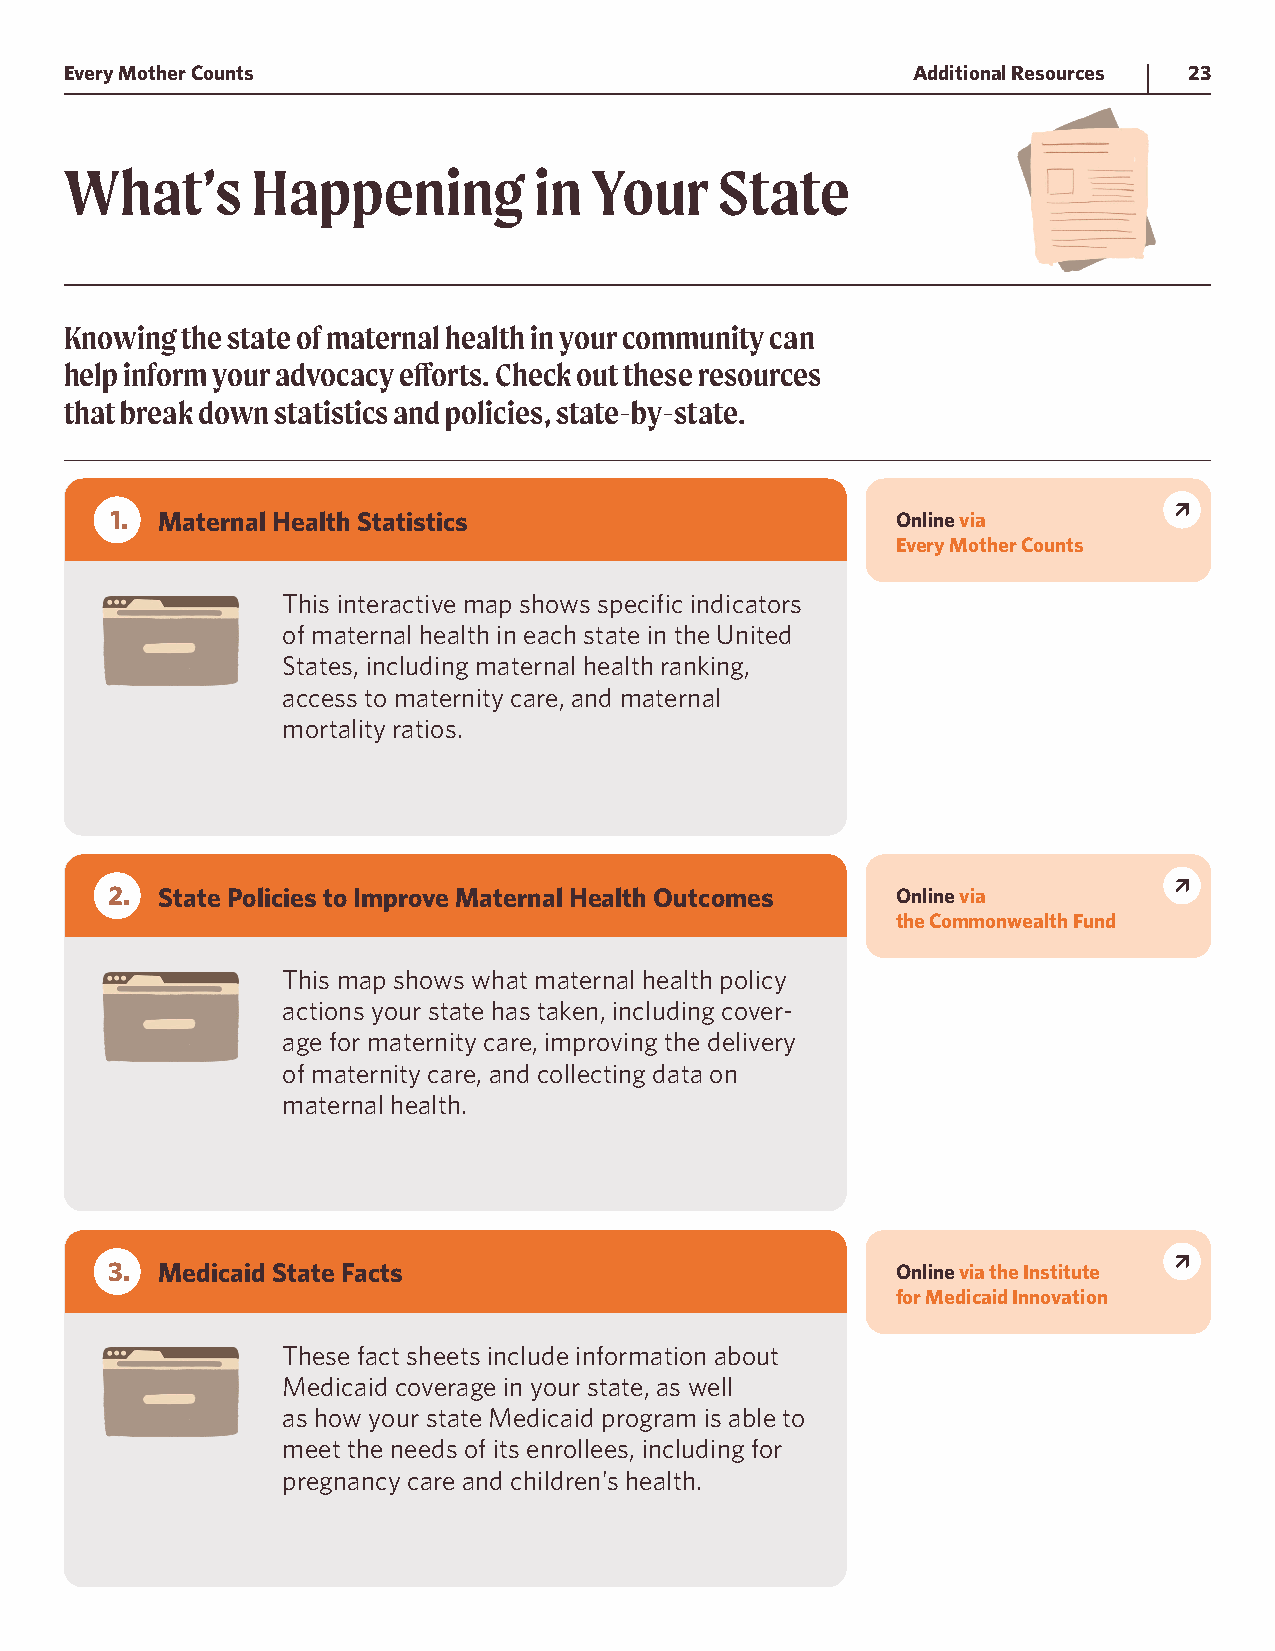
Every Mother Counts                                     Additional Resources 23
 What’s       Happening         in  Your     State
 Knowing the state of maternal health in your community can
 help inform your advocacy efforts. Check out these resources
 that break down statistics and policies, state-by-state.
 1 . Maternal Health Statistics                      Online via
 Every Mother Counts
 This interactive map shows specific indicators
 of maternal health in each state in the United
 States, including maternal health ranking,
 access to maternity care, and maternal
 mortality ratios.
 2 . State Policies to Improve Maternal Health Outcomes Online via
 the Commonwealth Fund
 This map shows what maternal health policy
 actions your state has taken, including cover-
 age for maternity care, improving the delivery
 of maternity care, and collecting data on
 maternal health.
 3 . Medicaid State Facts                            Online via the Institute
 for Medicaid Innovation
 These fact sheets include information about
 Medicaid coverage in your state, as well
 as how your state Medicaid program is able to
 meet the needs of its enrollees, including for
 pregnancy care and children’s health.